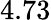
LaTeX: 4.73